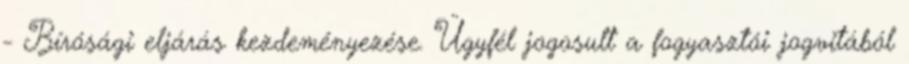
- Bírósági eljárás kezdeményezése. Ügyfél jogosult a fogyasztói jogvitából